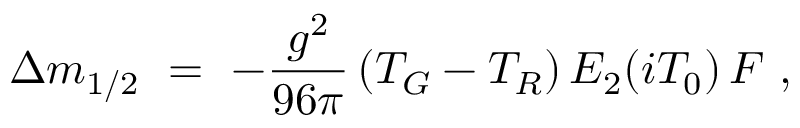
\Delta m _ { 1 / 2 } \ = \ - { \frac { g ^ { 2 } } { 9 6 \pi } } \, ( T _ { G } - T _ { R } ) \, E _ { 2 } ( i T _ { 0 } ) \, F \ ,